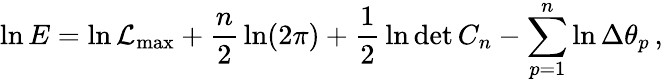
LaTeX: \ln E=\ln{\cal L}_{\mathrm{max}}+{\frac{n}{2}}\ln(2\pi)+{\frac{1}{2}}\ln\operatorname*{det}C_{n}-\sum_{p=1}^{n}\ln\Delta\theta_{p}\, ,